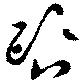
咨